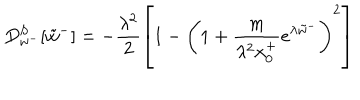
D _ { w ^ { - } } ^ { S } [ \tilde { w } ^ { - } ] = - \frac { \lambda ^ { 2 } } { 2 } \left[ 1 - \left( 1 + \frac { m } { \lambda ^ { 2 } x _ { 0 } ^ { + } } e ^ { \lambda \tilde { w } ^ { - } } \right) ^ { 2 } \right]